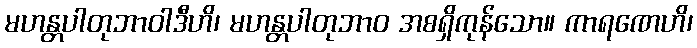
မဟန္တပါတုဘာဝါဒီဟိ၊ မဟန္တပါတုဘာဝ အစရှိကုန်သော။ ကာရဏေဟိ၊